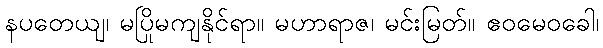
နပတေယျ၊ မပြိုမကျနိုင်ရာ။ မဟာရာဇ၊ မင်းမြတ်။ ဧဝမေဝခေါ၊